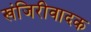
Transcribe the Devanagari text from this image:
खंजिरीवादक